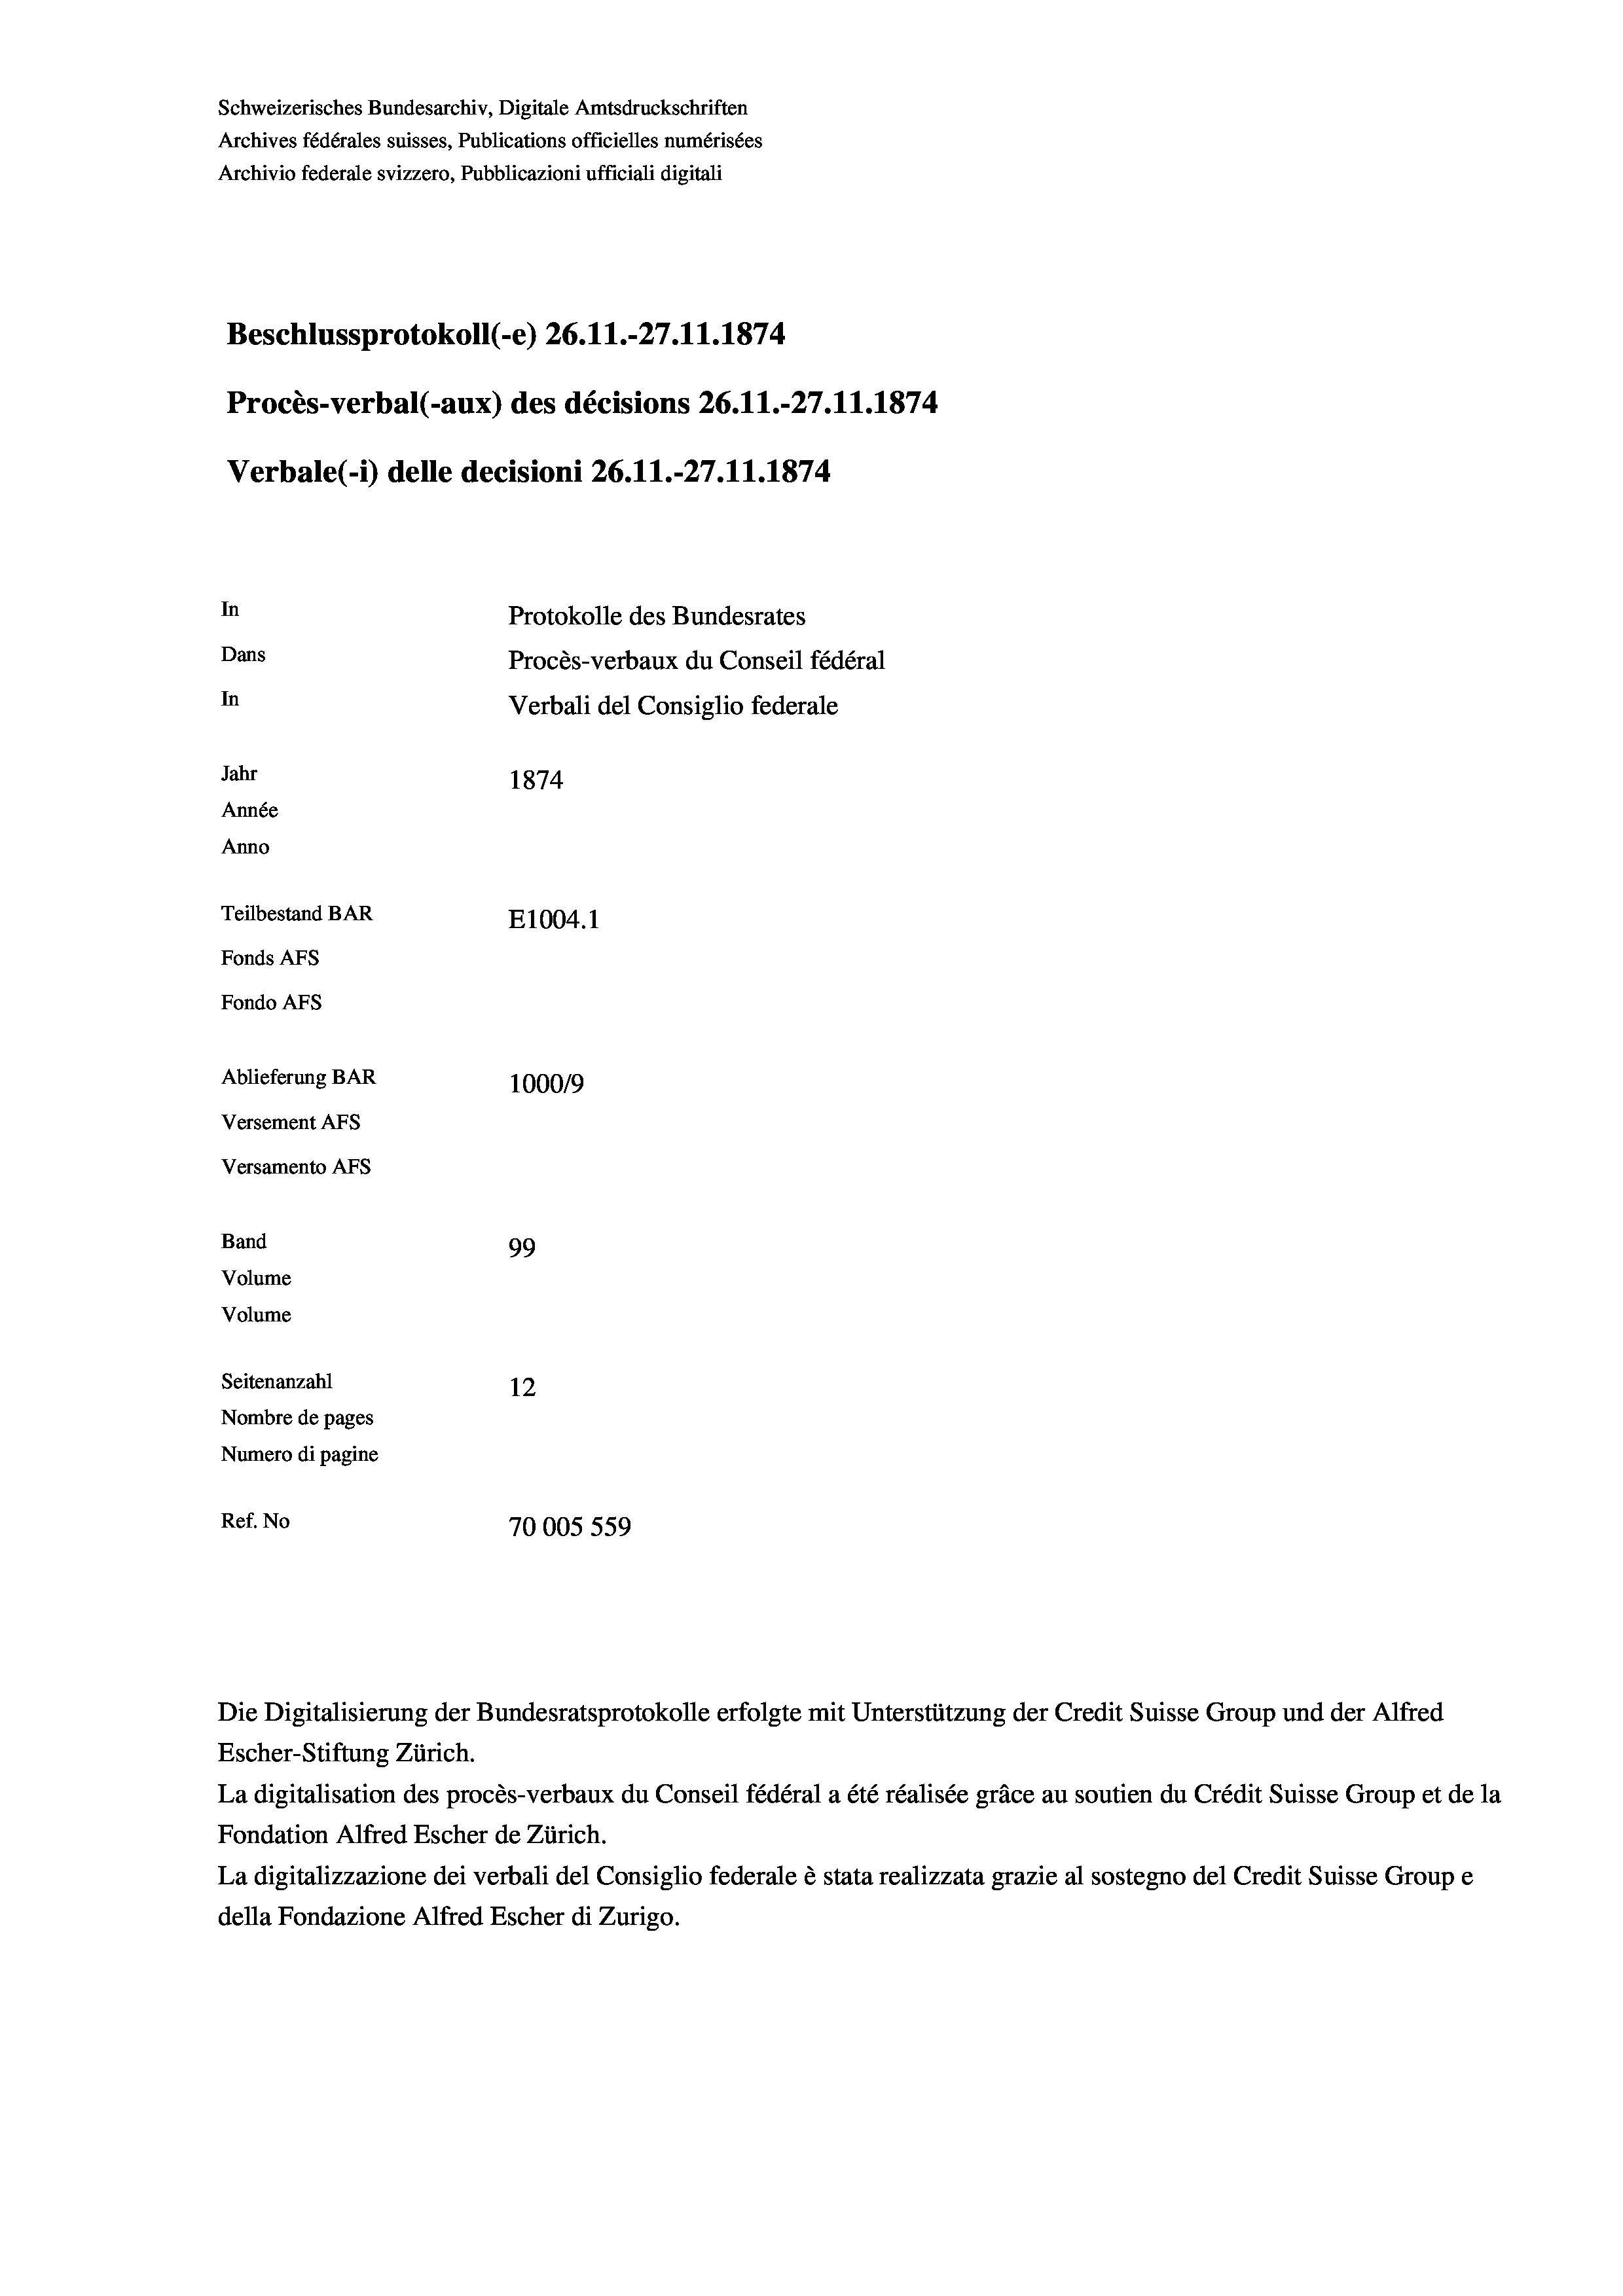
Schweizerisches Bundesarchiv, Digitale Amtsdruckschriften
Archives fédérales suisses, Publications officielles numérisées
Archivio federale svizzero, Pubblicazioni ufficiali digitali

Dans
In
Jahr
1874
Année
Anno
Teilbestand BAR
E1004.1
Fonds Afs
Fondo AFs
Ablieferung BAR
100019
Versement Abs
Versamento AFs

In

Procès-verbal (-aux) des décisions 26.11.-27.11.1874
Verbale (- 1) delle decisioni 26. 11.-27.11.1874

Band
Volume
Volume
Seitenanzahl

99
12
Nombre de pages
Numero di pagine
Ref. No
70005 559

Beschlussprotokoll (-e) 26.11.-27.11.1874

Protokolle des Bundesrates
Procès-verbaux du Conseil fédéral
Verbali del Consiglio federale

Die Digitalisierung der Bundesratsprotokolle erfolgte mit Unterstützung der Credit Suisse Group und der Alfred
Escher-Stiftung Zürich.
La digitalisation des procès-verbaux du Conseil fédéral a été réalisée gräce au soutien du Crédit Suisse Group et de la
Fondation Alfred Escher de Zürich.
La digitalizzazione dei verbali del Consiglio federale è stata realizzata grazie al sostegno del Credit Suisse Groupe
della Fondazione Alfred Escher di Zurigo.